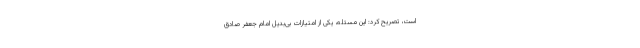
است، تصریح کرد: این مسئله،‌ یکی از امتیازات بی‌بدیل امام جعفر صادق